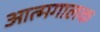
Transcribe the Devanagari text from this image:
आत्मगालक